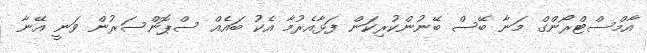
އާމްސްޓްރޯންގް މަނާ ބޭސް ބޭނުންކުރިކަން ފަޅާއެރުމާ އެކު ބައެއް ސްޕޮންސަރުން ވަނީ އޭނާ